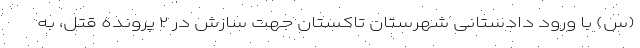
(س) با ورود دادستانی شهرستان تاکستان جهت سازش در ۲ پرونده قتل، به